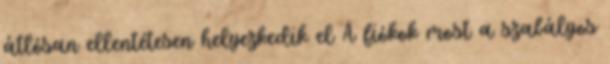
átlósan ellentétesen helyezkedik el A fiókok most a szabályos